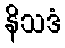
နိသဒံ